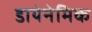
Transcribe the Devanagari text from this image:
डायेनेमिक